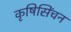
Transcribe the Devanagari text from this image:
कृषिसिंचन